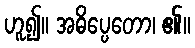
ဟူ၍။ အဓိပ္ပေတော၊ ၏။